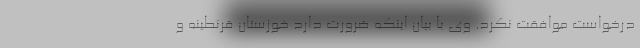
درخواست موافقت نکرد. وی با بیان اینکه ضرورت دارد خوزستان قرنطینه و